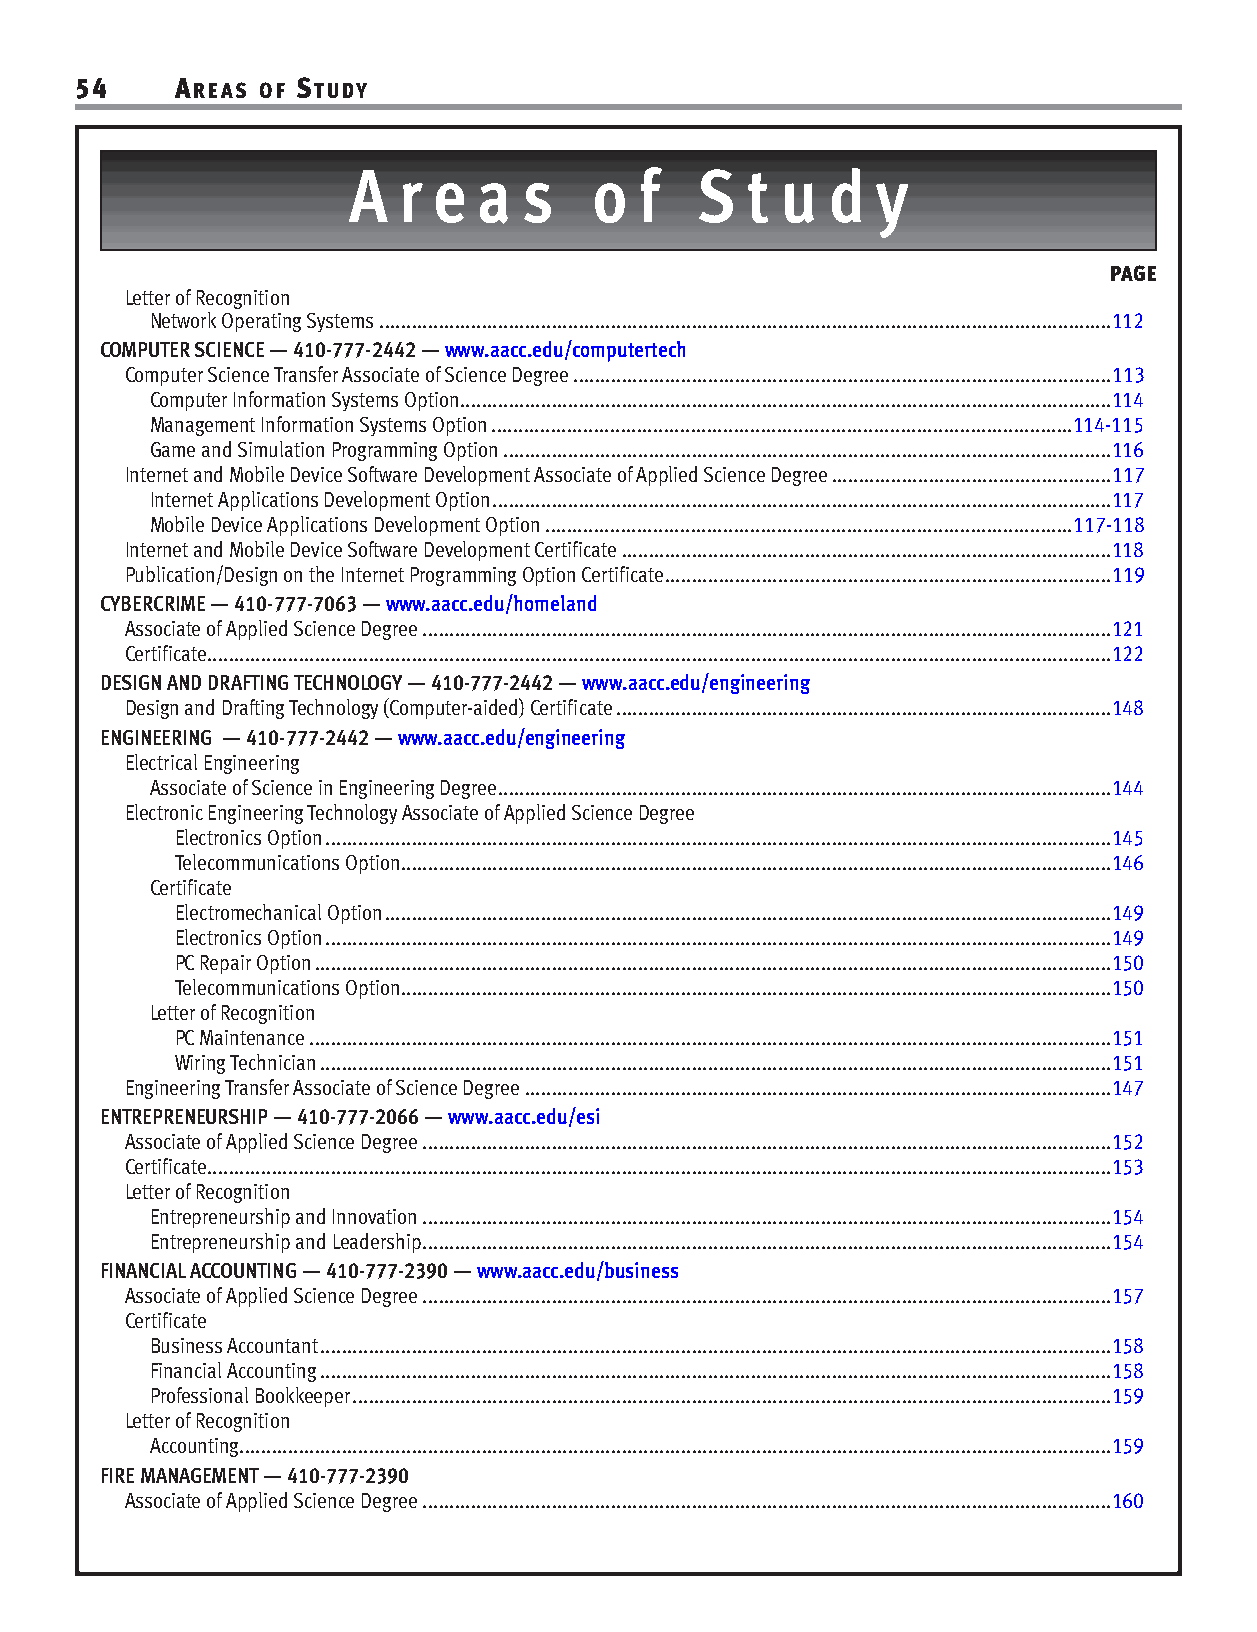
54     AREAS OF STUDY
 A  r  e  a  s   o  f   S  t  u  d  y
 PAGE
 Letter of Recognition
 Network Operating Systems........................................................................................................................................112
 COMPUTER SCIENCE — 410-777-2442 — www.aacc.edu/computertech
 Computer Science Transfer Associate of Science Degree....................................................................................................113
 Computer Information Systems Option.........................................................................................................................114
 Management Information Systems Option............................................................................................................114-115
 Game and Simulation Programming Option.................................................................................................................116
 Internet and Mobile Device Software Development Associate of Applied Science Degree....................................................117
 Internet Applications Development Option...................................................................................................................117
 Mobile Device Applications Development Option..................................................................................................117-118
 Internet and Mobile Device Software Development Certificate...........................................................................................118
 Publication/Design on the Internet Programming Option Certificate...................................................................................119
 CYBERCRIME — 410-777-7063 — www.aacc.edu/homeland
 Associate of Applied Science Degree................................................................................................................................121
 Certificate........................................................................................................................................................................122
 DESIGN AND DRAFTING TECHNOLOGY — 410-777-2442 — www.aacc.edu/engineering
 Design and Drafting Technology (Computer-aided) Certificate............................................................................................148
 ENGINEERING — 410-777-2442 — www.aacc.edu/engineering
 Electrical Engineering
 Associate of Science in Engineering Degree..................................................................................................................144
 Electronic Engineering Technology Associate of Applied Science Degree
 Electronics Option..................................................................................................................................................145
 Telecommunications Option....................................................................................................................................146
 Certificate
 Electromechanical Option.......................................................................................................................................149
 Electronics Option..................................................................................................................................................149
 PC Repair Option....................................................................................................................................................150
 Telecommunications Option....................................................................................................................................150
 Letter of Recognition
 PC Maintenance.....................................................................................................................................................151
 Wiring Technician...................................................................................................................................................151
 Engineering Transfer Associate of Science Degree.............................................................................................................147
 ENTREPRENEURSHIP — 410-777-2066 — www.aacc.edu/esi
 Associate of Applied Science Degree................................................................................................................................152
 Certificate........................................................................................................................................................................153
 Letter of Recognition
 Entrepreneurship and Innovation................................................................................................................................154
 Entrepreneurship and Leadership................................................................................................................................154
 FINANCIAL ACCOUNTING — 410-777-2390 — www.aacc.edu/business
 Associate of Applied Science Degree................................................................................................................................157
 Certificate
 Business Accountant...................................................................................................................................................158
 Financial Accounting...................................................................................................................................................158
 Professional Bookkeeper.............................................................................................................................................159
 Letter of Recognition
 Accounting..................................................................................................................................................................159
 FIRE MANAGEMENT — 410-777-2390
 Associate of Applied Science Degree................................................................................................................................160